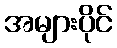
အများပိုင်